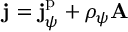
\mathbf { j } = \mathbf { j } _ { \psi } ^ { \mathrm { p } } + \rho _ { \psi } \mathbf { A }